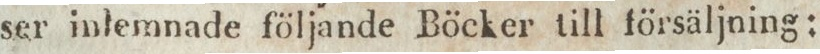
ser inlemnade följande Böcker till försäljning: